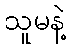
သူမနဲ့